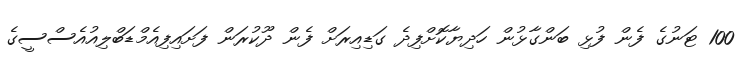
100 ޓަނުގެ ފެން ފުޅި ބަންގާޅުން ހަދިޔާކޮށްފިދެ ގަޑިއިރަށް ފެން ދޫކުރަން ފަށައިފިއެމްޑަބްލިއުއެސްސީގެ